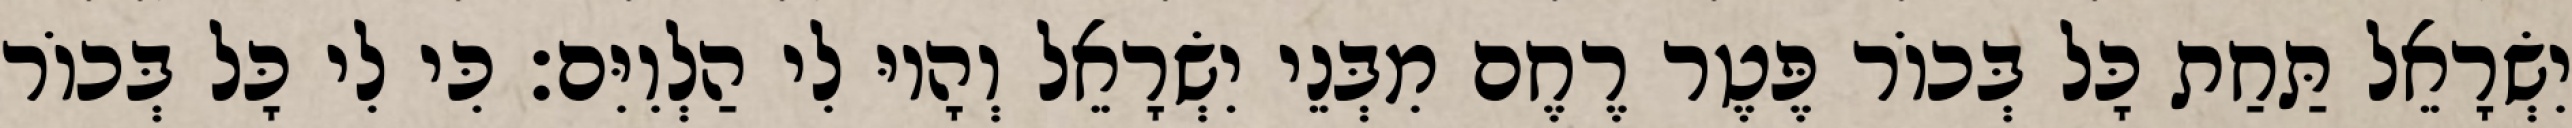
יִשְׂרָאֵל תַּחַת כָּל בְּכוֹר פֶּטֶר רֶחֶם מִבְּנֵי יִשְׂרָאֵל וְהָיוּ לִי הַלְוִיִּם׃ כִּי לִי כָּל בְּכוֹר